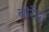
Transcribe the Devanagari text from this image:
बीरेंद्र